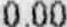
0.00